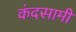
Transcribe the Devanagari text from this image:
कंदसामी